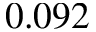
0 . 0 9 2